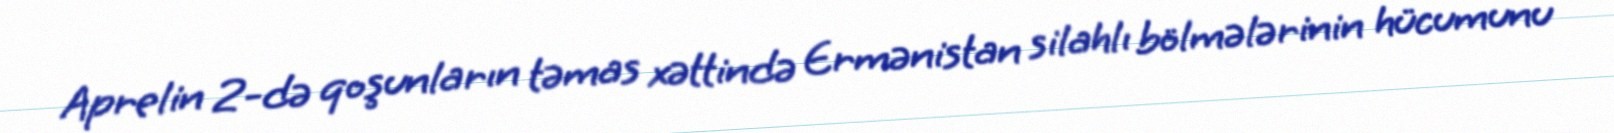
Aprelin 2-də qoşunların təmas xəttində Ermənistan silahlı bölmələrinin hücumunu